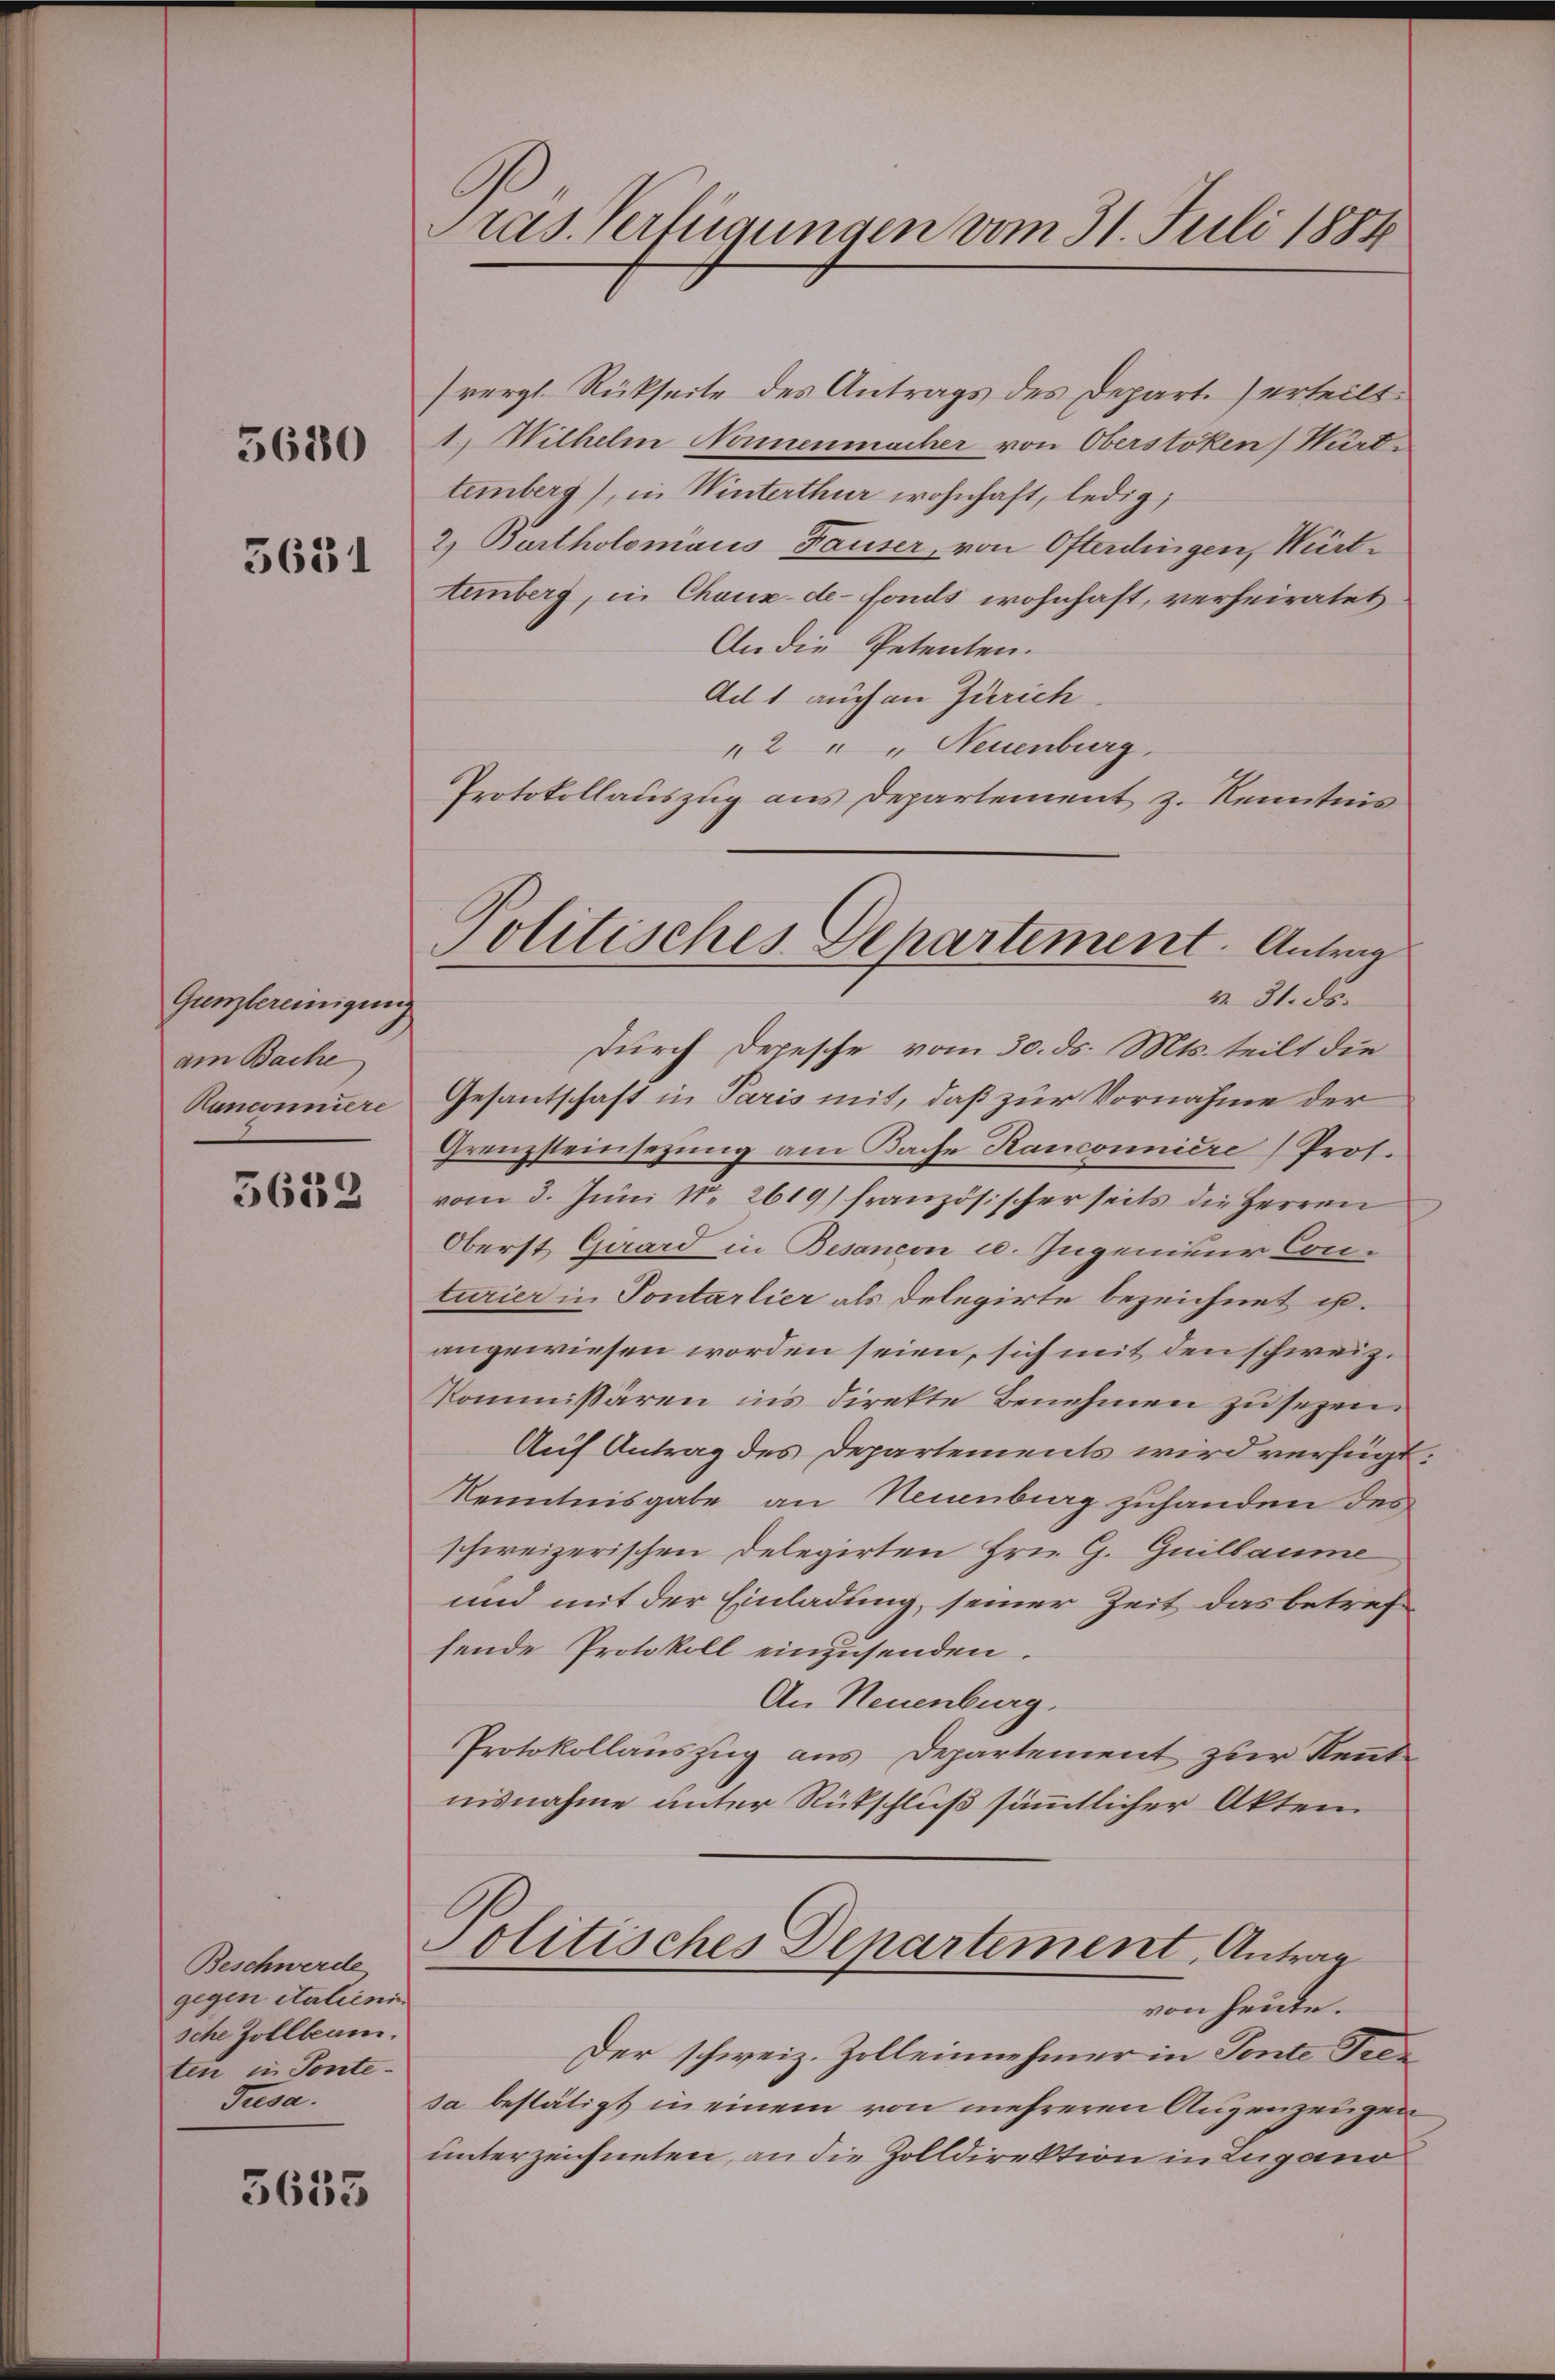
5680

5631

Gunzlereinigung
am Bache
Ranconniere

5633

Beschwerde
gegen italieni
sche Zollbeam
ten in Ponte-
Jusa.

5653

Pras. Verfügungen vom 31. Juli 1884

svergl. Rückseite des Antrags des Depart.) erteilt.
1., Wilhelm Nonnenmacher von Oberstoken) Württemberg), in Winterthur wohnhaft, ledig,
2, Bartholomäus Fauser, von Osterdingen, Württenberg, in Chaux-de-Fonds wohnhaft, verheiratet
An die Petenten.
Ad 1 auch an Zürich
2 " " Neuenburg.
Protokollauszug aus Departement z. Kenntnis
durch Depesche vom 30. ds. Mts. teilt die
Gesantschaft in Paris mit, daß zur Vornahme der
Grenzsteinsezung am Dache Kanconniere Prof.
vom 3. Juni No 2619) französischer seits die Herren
Oberst Quard in Besancon u. Ingenieur Conturier in Pontarlier als Delegirte bezeichnet ist.
angewiesen worden seien, sich mit den schweiz.
Kommissären ins direkte Benehmen zu sezen.
Auf Antrag des Departements wird verfügt
Kenntnisgabe an Neuenburg zuhanden des
schweizerischen Delegirten Hrn. G. Guillaume
und mit der Einladung, seiner Zeit das betreffende Protokoll einzusenden.
An Neuenburg.
Protokollauszug aus Departement zur Kennte
nisnahme unter Rückschluß sämmtlicher Akten
Politisches Departement, Antrag
von heute.
Der schweiz. Zolleinnehmer in Tonte Fresa bestätigt in einem von mehreren Augenzeugen
unterzeichneten, an die Zolldirektion in Zugano

Politisches Departement. Antrag
v. 31. ds.